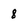
Character: 8